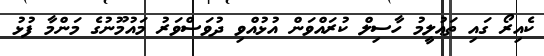
ކެއިރޯ ގައި ތަޢުލީމު ހާސިލް ކުރައްވަން އުޅުއްވި ދުވަސްވަރު މައުމޫނުގެ މަންމާ ފުޅު